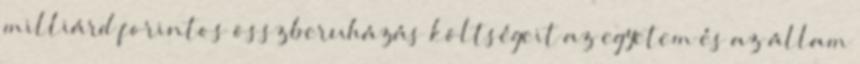
milliárd forintos összberuházás költségeit az egyetem és az állam